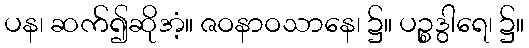
ပန၊ ဆက်၍ဆိုအံ့။ ဇဝနာဝသာနေ၊ ၌။ ပဉ္စဒွါရေ၊ ၌။